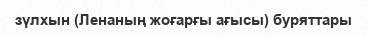
зүлхын (Ленаның жоғарғы ағысы) буряттары